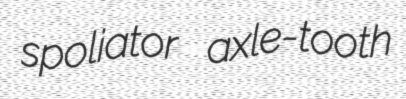
spoliator axle-tooth